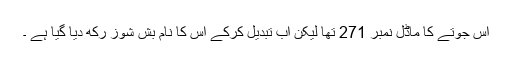
اس جوتے کا ماڈل نمبر 271 تھا لیکن اب تبدیل کرکے اس کا نام بش شوز رکھ دیا گیا ہے ۔